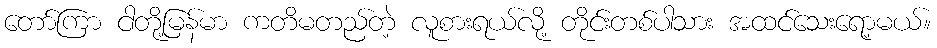
တော်ကြာ ငါတို့မြန်မာ ကတိမတည်တဲ့ လူစားရယ်လို့ တိုင်းတစ်ပါသား အထင်သေးရော့မယ်။